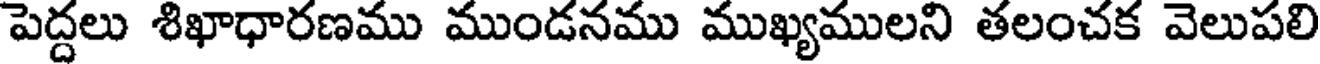
పెద్దలు శిఖాధారణము ముండనము ముఖ్యములని తలంచక వెలుపలి